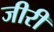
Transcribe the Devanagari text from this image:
जीरी